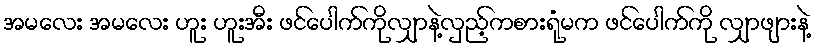
အမလေး အမလေး ဟူး ဟူးအီး ဖင်ပေါက်ကိုလျှာနဲ့လှည့်ကစားရုံမက ဖင်ပေါက်ကို လျှာဖျားနဲ့